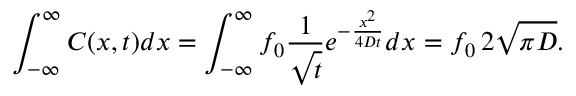
\int _ { - \infty } ^ { \infty } C ( x , t ) d x = \int _ { - \infty } ^ { \infty } f _ { 0 } \frac { 1 } { \sqrt { t } } e ^ { - \frac { x ^ { 2 } } { 4 D t } } d x = f _ { 0 } \, 2 \sqrt { \pi D } .